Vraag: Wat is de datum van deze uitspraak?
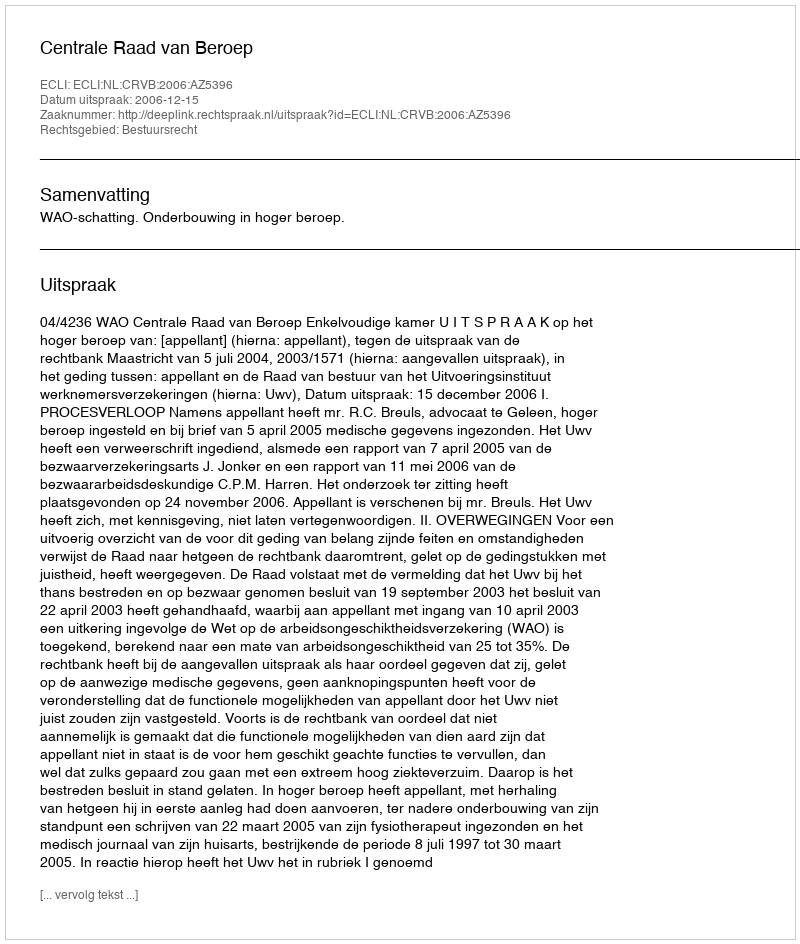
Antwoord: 2006-12-15